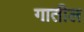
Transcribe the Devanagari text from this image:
गातील